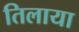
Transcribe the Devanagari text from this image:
तिलाया